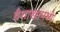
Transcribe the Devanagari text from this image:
वैशाखामध्ये